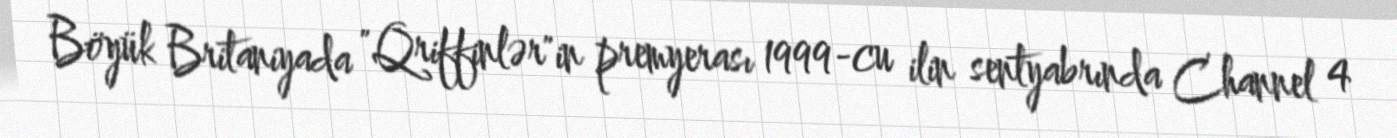
Böyük Britaniyada "Qriffinlər"in premyerası 1999-cu ilin sentyabrında Channel 4